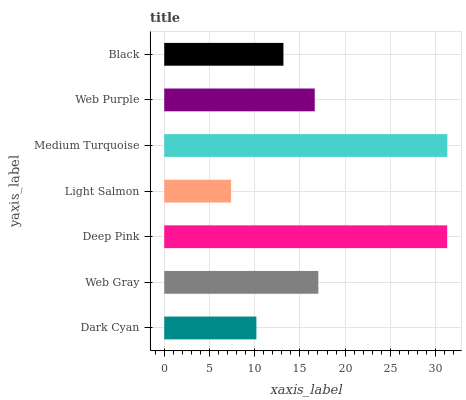
| yaxis_label | bars |
 | --- | --- |
 | Dark Cyan | 10.2 |
 | Web Gray | 17 |
 | Deep Pink | 31.3 |
 | Light Salmon | 7.39 |
 | Medium Turquoise | 31.3 |
 | Web Purple | 16.6 |
 | Black | 13.2 |